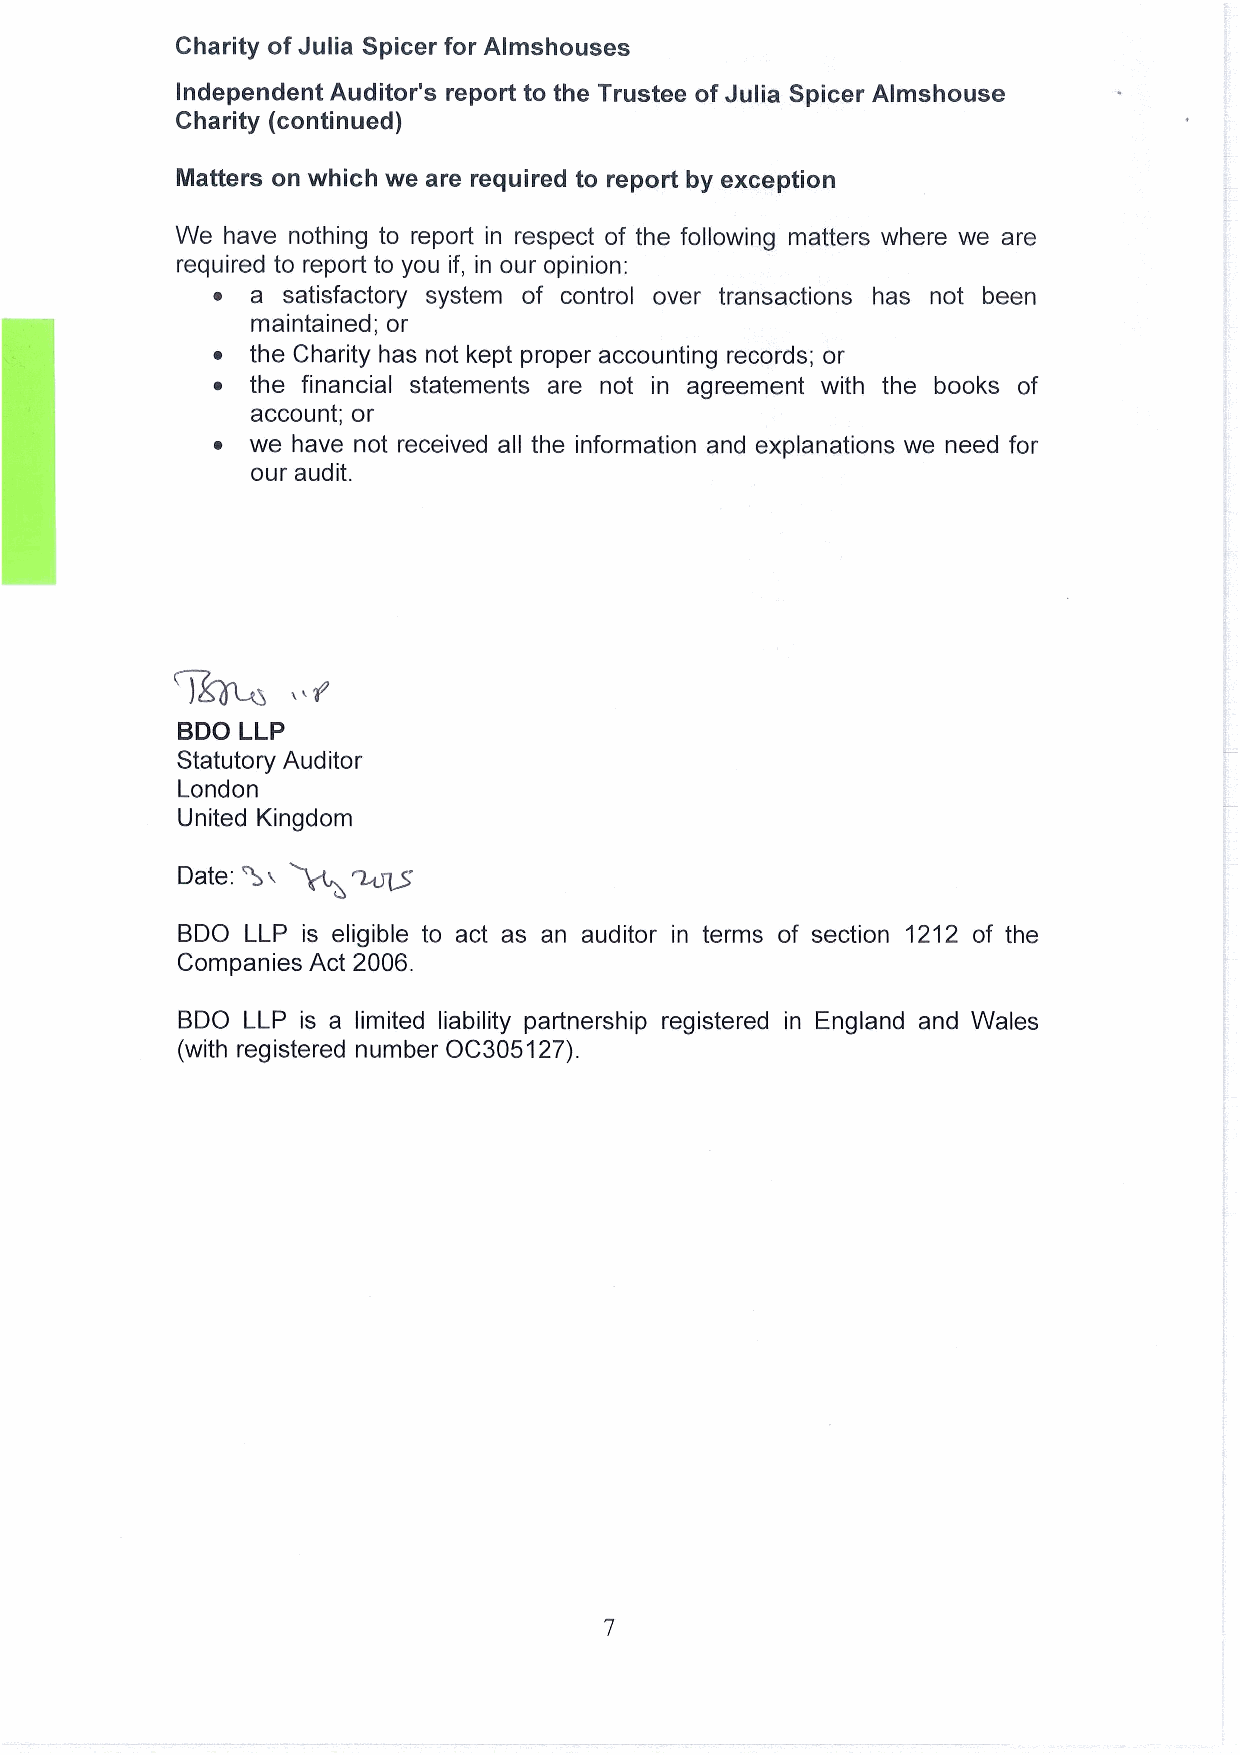
Charity of Julia Spicer for Almshouses
 Independent Auditor's report to the Trustee of Julia Spicer Almshouse
 Charity (continued)
 Matters on which we are required to report by exception
 We have nothing to report in respect of the following matters where we are
 required to report to you if, in our opinion:
 ~  a satisfactory system of control over transactions has not been
 maintained; or
 ~  the Charity has not kept proper accounting records; or
 ~  the financial statements are not in agreement with the books of
 account; or
 ~  we have not received all the information and explanations we need for
 our audit.
 BDO LLP
 Statutory Auditor
 London
 United Kin~ gdom ~
 Date: Qi
 BDO LLP is eligible to act as an auditor in terms of section 1212 of the
 Companies Act 2006.
 BDO LLP is a limited liability partnership registered in England and Wales
 (with registered number OC305127).